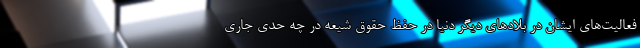
فعالیت‌های ایشان در بلادهای دیگر دنیا در حفظ حقوق شیعه در چه حدی جاری